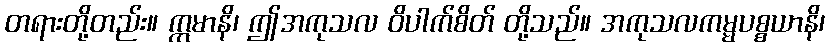
တရားတို့တည်း။ ဣမာနိ၊ ဤအကုသလ ဝိပါက်စိတ် တို့သည်။ အကုသလကမ္မပစ္စယာနိ၊